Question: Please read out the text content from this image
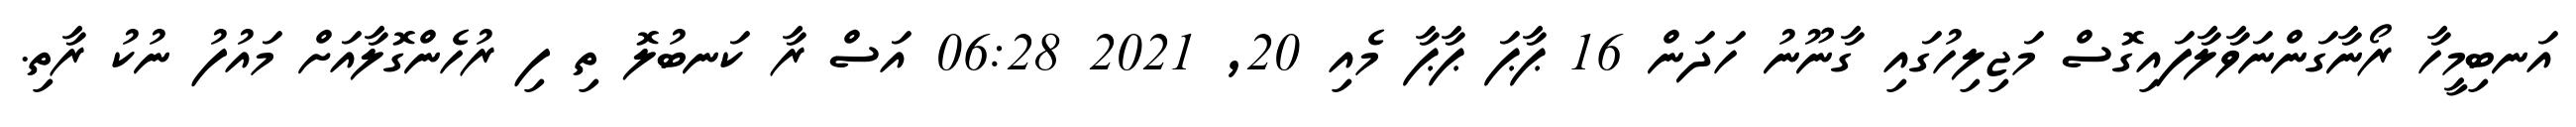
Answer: އަނބިމީހާ ރޯނާގަންނަވާލާފައިގޮސް މަޖިލިހުގައި ގާނޫނު ހަދަން 16 ޕާޕަ ޕާޕާ މެއި 20, 2021 06:28 އަސް ރާ ކަނބުލޮ ތި ފި ރުހެންގޮލާއަށް މައުފު ނުކު ރާތި.